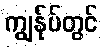
ကျွန်ုပ်တွင်